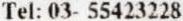
TEL: 03- 55423228